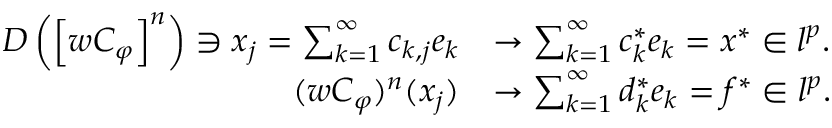
\begin{array} { r l } { D \left( \left[ w C _ { \varphi } \right] ^ { n } \right) \owns x _ { j } = \sum _ { k = 1 } ^ { \infty } { c _ { k , j } e _ { k } } } & { \rightarrow \sum _ { k = 1 } ^ { \infty } { c _ { k } ^ { * } e _ { k } } = x ^ { * } \in l ^ { p } . } \\ { ( w C _ { \varphi } ) ^ { n } ( x _ { j } ) } & { \rightarrow \sum _ { k = 1 } ^ { \infty } { d _ { k } ^ { * } e _ { k } } = f ^ { * } \in l ^ { p } . } \end{array}